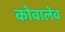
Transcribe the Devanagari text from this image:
कोवालेव